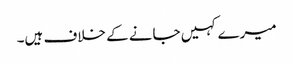
میرے کہیں جانے کے خلاف ہیں۔